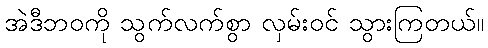
အဲဒီဘဝကို သွက်လက်စွာ လှမ်းဝင် သွားကြတယ်။